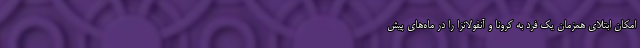
امکان ابتلای همزمان یک فرد به کرونا و آنفولانزا را در ماه‌های پیش